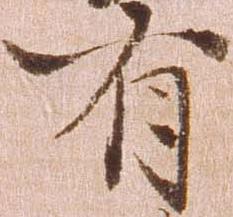
有